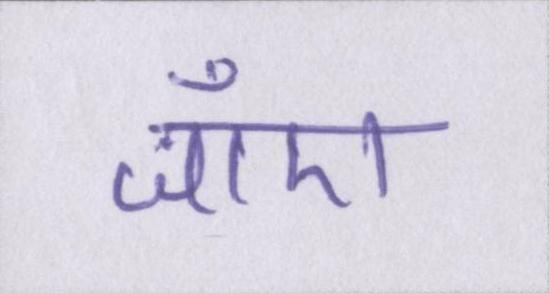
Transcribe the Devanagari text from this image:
जाँए